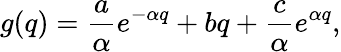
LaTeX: g(q)=\frac{a}{\alpha}e^{-\alpha q}+bq+\frac{c}{\alpha}e^{\alpha q},